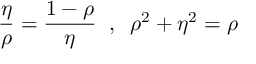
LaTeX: \frac { \eta } { \rho } = \frac { 1 - \rho } { \eta } \; \; , \; \; \rho ^ { 2 } + \eta ^ { 2 } = \rho